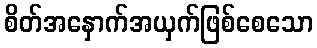
စိတ်အနှောက်အယှက်ဖြစ်စေသော